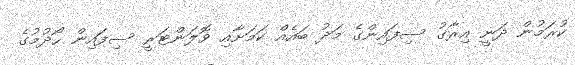
ކުރަމުން ދަނީ އިރާގު ސިފައިންގެ މަދު ބައެއް ކަމަށާއި ވޮލަންޓަރީ ސިފައިން ހޯދުމުގެ